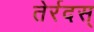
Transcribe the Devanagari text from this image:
तेर्रदस्